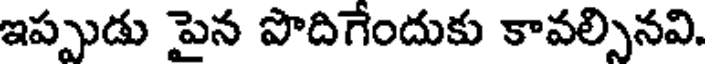
ఇప్పుడు పైన పొదిగేందుకు కావల్సినవి.